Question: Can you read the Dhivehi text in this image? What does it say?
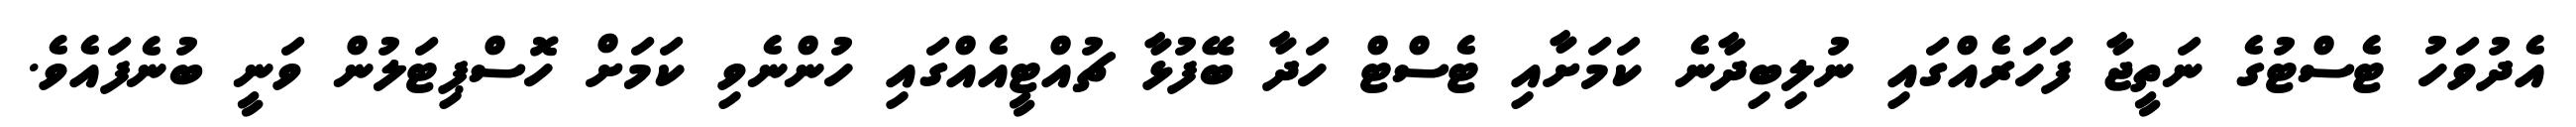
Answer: އެދުވަހު ޓެސްޓުގެ ނަތީޖާ ފަހަރެއްގައި ނުލިބިދާނެ ކަމަށާއި ޓެސްޓް ހަދާ ބޭފުޅާ ޗުއްޓީއެއްގައި ހުންނެވި ކަމަށް ހޮސްޕިޓަލުން ވަނީ ބުނެފައެވެ.